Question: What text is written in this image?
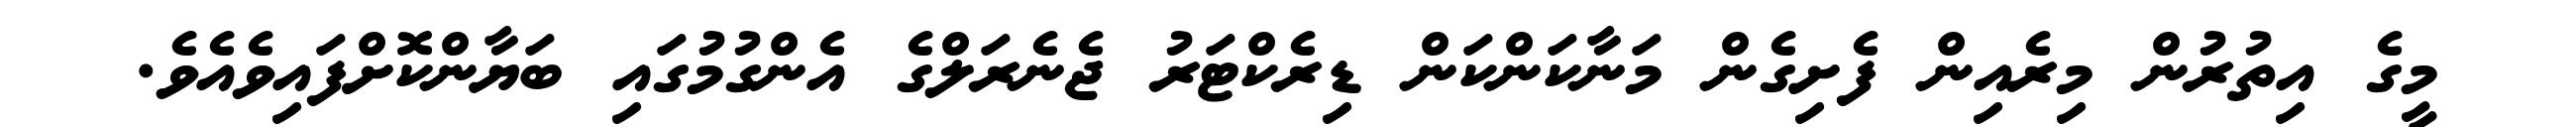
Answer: މީގެ އިތުރުން މިރެއިން ފެށިގެން މަނާކަންކަން ޑިރެކްޓަރު ޖެނެރަލްގެ އެންގުމުގައި ބަޔާންކޮށްފައިވެއެވެ.